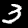
Digit: 3